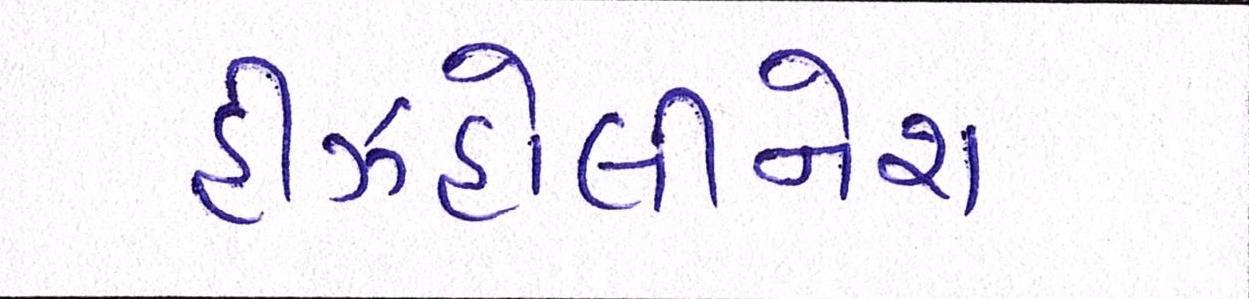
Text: હીઝહોલીનેશ